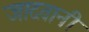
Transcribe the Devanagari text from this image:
जादवानी